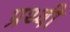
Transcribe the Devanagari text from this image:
प्रथ्‍वी